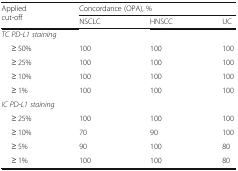
| <ROWSPAN=2> Applied cut-off | <COLSPAN=3> Concordance (OPA), % |
 | NSCLC | HNSCC | UC |
 | --- | --- | --- | --- |
 | <COLSPAN=4> TC PD-L1 staining |
 | ≥ 50% | 100 | 100 | 100 |
 | ≥ 25% | 100 | 100 | 100 |
 | ≥ 10% | 100 | 100 | 100 |
 | ≥ 1% | 100 | 100 | 100 |
 | <COLSPAN=4> IC PD-L1 staining |
 | ≥ 25% | 100 | 100 | 100 |
 | ≥ 10% | 70 | 90 | 100 |
 | ≥ 5% | 90 | 100 | 80 |
 | ≥ 1% | 100 | 100 | 80 |